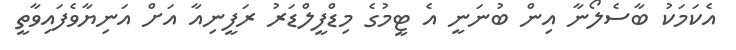
އެކަމަކު ބާސެލޯނާ އިން ބުނަނީ އެ ޓީމުގެ މިޑްފީލްޑަރު ރަފީނިއާ އަށް އަނިޔާވެފައިވާތީ